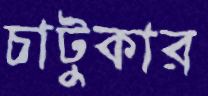
চাটুকার